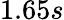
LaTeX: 1.65s